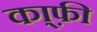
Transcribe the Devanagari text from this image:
का्फ़ी